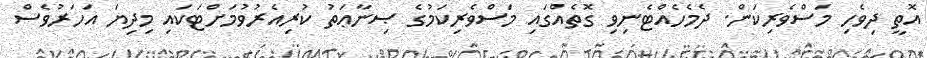
އޮތީ ދިވެހި މަސްވެރިކަން. ދެމެހެއްޓެނިވި ގޮތެއްގައި މަސްވެރިކަމުގެ ޞިނާޢަތު ކުރިއެރުވުމަށްޓަކައި މިދިޔަ އަހަރުވެސް